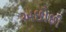
અછોછી